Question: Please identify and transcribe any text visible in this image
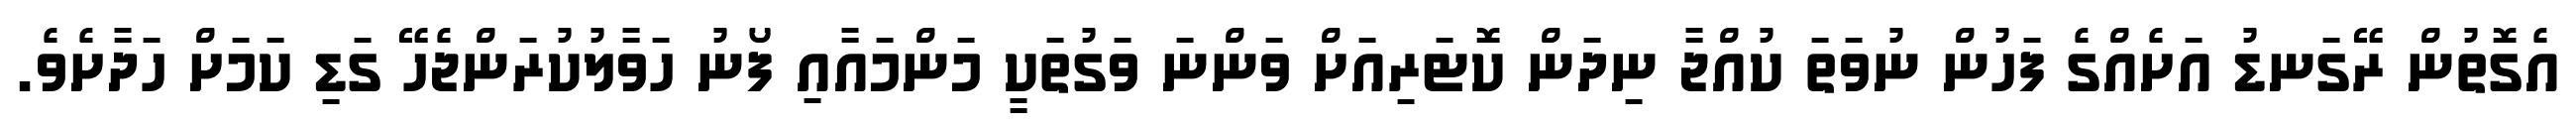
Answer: އެގޮތުން ރޭގަނޑު އަށެއްގެ ފަހުން ނުވަތަ ކުއްޖާ ނިދަން ކޮޓަރިއަށް ވަންނަ ވަގުތަކީ މަންމައާއި ފޯނު ހަވާލުކުރަންޖެހޭ ގަޑި ކަމަށް ހަދާށެވެ.